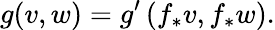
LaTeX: g(v,w)=g^{\prime}\left(f_{*}v,f_{*}w\right).